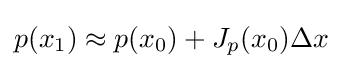
p(x_{1})\approx p(x_{0})+J_{p}(x_{0})\Delta x